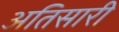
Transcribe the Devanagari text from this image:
अतिसारी